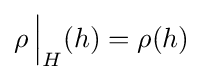
\rho \,{\Big |}_{H}(h)=\rho (h)